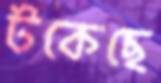
টকেছে